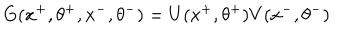
G ( x ^ { + } , \theta ^ { + } , x ^ { - } , \theta ^ { - } ) = U ( x ^ { + } , \theta ^ { + } ) V ( x ^ { - } , \theta ^ { - } )